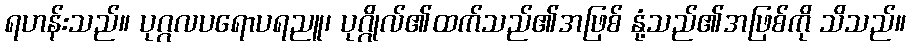
ရဟန်းသည်။ ပုဂ္ဂလပရောပရညူ၊ ပုဂ္ဂိုလ်၏ထက်သည်၏အဖြစ် နုံ့သည်၏အဖြစ်ကို သိသည်။